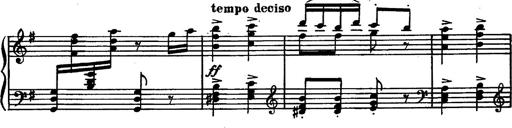
Title: Magyar rapszÃ³diÃ¡k
Composer: Franz Liszt